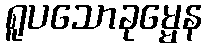
ရူပသောခုမ္မေန